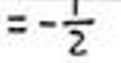
$=-\frac{1}{2}$